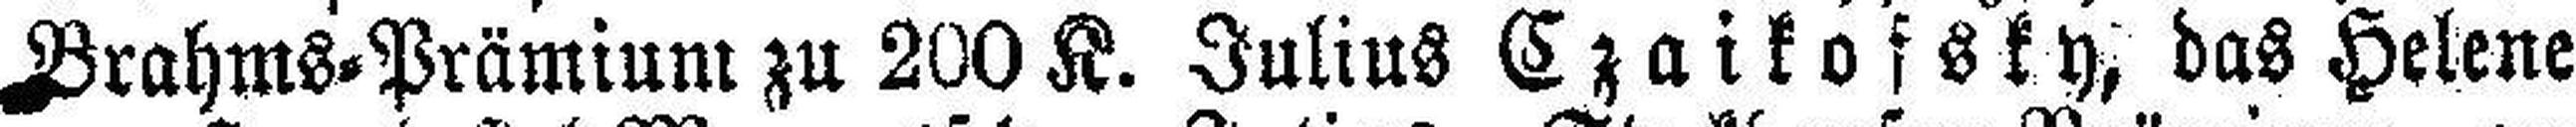
Brahms=Prämium zu 200 K. Julius Czaikofsky, das Helene